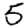
Digit: 5